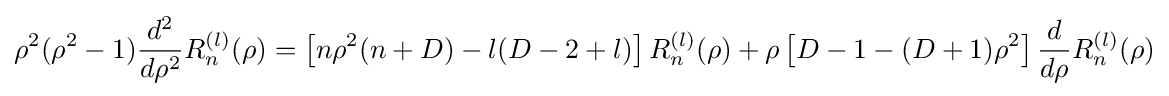
\rho ^{2}(\rho ^{2}-1){\frac {d^{2}}{d\rho ^{2}}}R_{n}^{(l)}(\rho )=\left[n\rho ^{2}(n+D)-l(D-2+l)\right]R_{n}^{(l)}(\rho )+\rho \left[D-1-(D+1)\rho ^{2}\right]{\frac {d}{d\rho }}R_{n}^{(l)}(\rho )